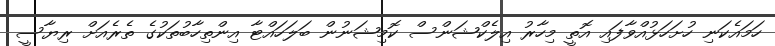
ހަމައެކަނި ހުށަހަޅުއްވާފައި އޮތީ މިހާރު އިލެކްޝަންސް ކޮމިޝަނުން ބަލަހައްޓާ އިންތިހާބުތަކުގެ ތެރެއަށް ރިޔާސީ